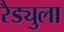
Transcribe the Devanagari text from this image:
रैड्युला